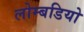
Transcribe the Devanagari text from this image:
लोम्बडियो